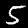
Label: 5